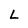
Character: L